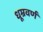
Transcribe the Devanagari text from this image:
धूम्रवर्णं